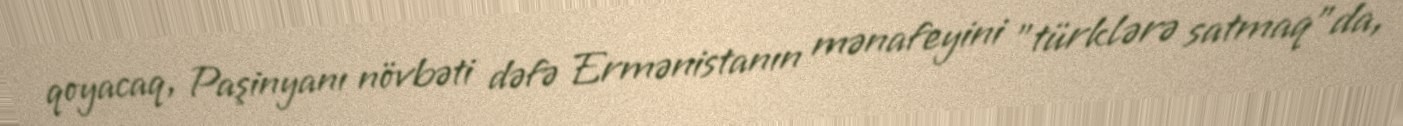
qoyacaq, Paşinyanı növbəti dəfə Ermənistanın mənafeyini "türklərə satmaq"da,